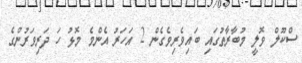
ސްކޫލް ވޮލީ މުބާރާތުގައި ބައިވެރިވެގެން 2 އަހަރު އެންމެ މޮޅު ހަ ދަރިވަރުންގެ